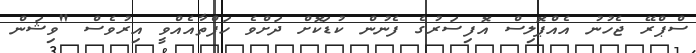
ސްޕްރޭ ޖެހުނު އެއްޕޮލިސް އޮފިސަރުގެ ފެނުން ކުޑަކޮށް ދަށްވެ ހަފްތާއެއްވީ އިރުވެސް "ވިޝަން